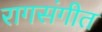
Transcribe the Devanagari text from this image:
रागसंगीत